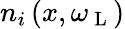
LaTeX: n_{i}\left(x,\omega_{\mathrm{~L~}}\right)